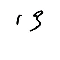
13